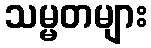
သမ္မတများ